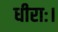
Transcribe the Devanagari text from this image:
धीराः।